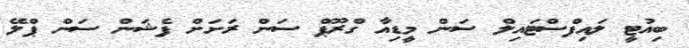
ބިއުޓީ ލައިފްސްޓައިލް ސަން މީޑިއާ ގްރޫޕް ސަން ރަށަށް ފެޝަން ސަން ޕްލޭ